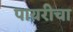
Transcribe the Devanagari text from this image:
पायरीचा